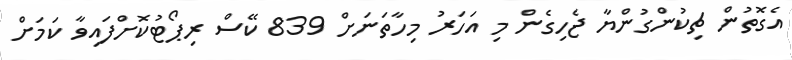
އެގޮތުން ޗިކުންގުންޔާ ޖެހިގެން މި އަހަރު މިހާތަނަށް 839 ކޭސް ރިޕޯޓުކޮށްފައިވާ ކަމަށް